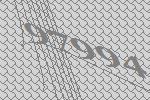
97994